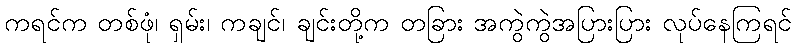
ကရင်က တစ်ဖုံ၊ ရှမ်း၊ ကချင်၊ ချင်းတို့က တခြား အကွဲကွဲအပြားပြား လုပ်နေကြရင်